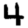
Digit: 4